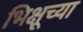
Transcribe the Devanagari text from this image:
भिक्षूच्या